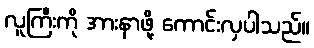
လူကြီးကို အားနာဖို့ ကောင်းလှပါသည်။